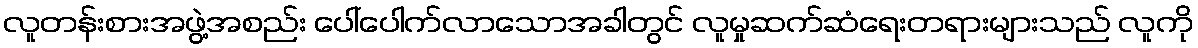
လူတန်းစားအဖွဲ့အစည်း ပေါ်ပေါက်လာသောအခါတွင် လူမှုဆက်ဆံရေးတရားများသည် လူကို